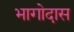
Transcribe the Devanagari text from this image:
भागोदास